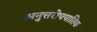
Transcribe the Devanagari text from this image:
अनुत्तरोपपातिक